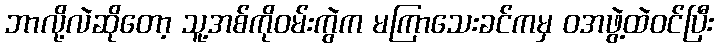
ဘာလို့လဲဆိုတော့ သူ့အစ်ကိုဝမ်းကွဲက မကြာသေးခင်ကမှ ဝအဖွဲ့ထဲဝင်ပြီး